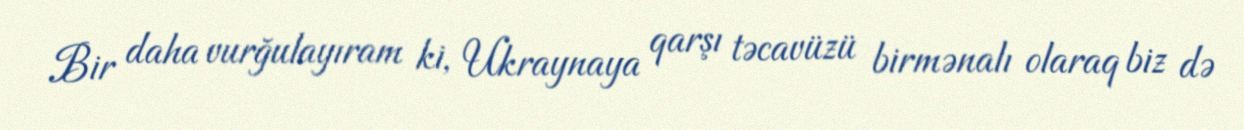
Bir daha vurğulayıram ki, Ukraynaya qarşı təcavüzü birmənalı olaraq biz də